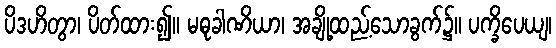
ပိဒဟိတွာ၊ ပိတ်ထား၍။ မဓုခါဏိယာ၊ အချို့ထည့်သောခွက်၌။ ပက္ခိပေယျ၊